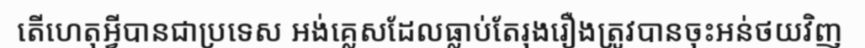
តើហេតុអ្វីបានជាប្រទេស អង់គ្លេសដែលធ្លាប់តែរុងរឿងត្រូវបានចុះអន់ថយវិញ